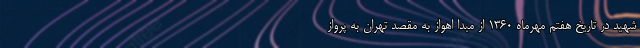
شهید در تاریخ هفتم مهرماه ۱۳۶۰ از مبدا اهواز به مقصد تهران به پرواز